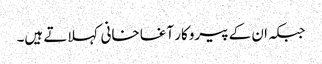
جبکہ ان کے پیروکار آغا خانی کہلاتے ہیں۔